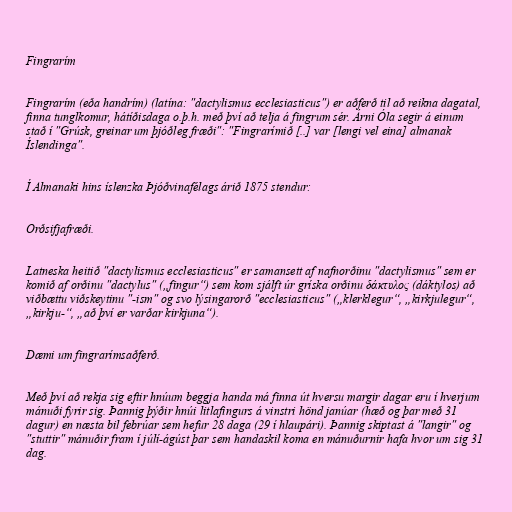
Fingrarím

Fingrarím (eða handrím) (latína: "dactylismus ecclesiasticus") er aðferð til að reikna dagatal,
finna tunglkomur, hátíðisdaga o.þ.h. með því að telja á fingrum sér. Árni Óla segir á einum
stað í "Grúsk, greinar um þjóðleg fræði": "Fingrarímið [..] var [lengi vel eina] almanak
Íslendinga".

Í Almanaki hins íslenzka Þjóðvinafélags árið 1875 stendur:

Orðsifjafræði.

Latneska heitið "dactylismus ecclesiasticus" er samansett af nafnorðinu "dactylismus" sem er
komið af orðinu "dactylus" („fingur“) sem kom sjálft úr gríska orðinu δάκτυλος (dáktylos) að
viðbættu viðskeytinu "-ism" og svo lýsingarorð "ecclesiasticus" („klerklegur“, „kirkjulegur“,
„kirkju-“, „að því er varðar kirkjuna“).

Dæmi um fingrarímsaðferð.

Með því að rekja sig eftir hnúum beggja handa má finna út hversu margir dagar eru í hverjum
mánuði fyrir sig. Þannig þýðir hnúi litlafingurs á vinstri hönd janúar (hæð og þar með 31
dagur) en næsta bil febrúar sem hefur 28 daga (29 í hlaupári). Þannig skiptast á "langir" og
"stuttir" mánuðir fram í júlí-ágúst þar sem handaskil koma en mánuðurnir hafa hvor um sig 31
dag.